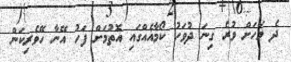
ދެ މަހަށް ވުރެ ގިނަ ދުވަހު ކޯމާއެއްގައި އޮތުމަށް ފަހު އޭނާ ހޭވެރިކަން